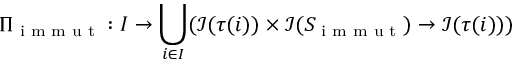
\Pi _ { \textup { i m m u t } } : I \rightarrow \bigcup _ { i \in I } ( \mathcal { I } ( \tau ( i ) ) \times \mathcal { I } ( S _ { \textup { i m m u t } } ) \rightarrow \mathcal { I } ( \tau ( i ) ) )